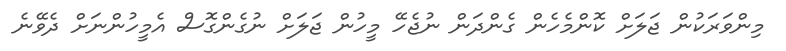
މިންވަރަކުން ޖަލަށް ކޮންމެހެން ގެންދަން ނުޖެހޭ މީހުން ޖަލަށް ނުގެންގޮސް އެމީހުންނަށް ދެވޭނެ